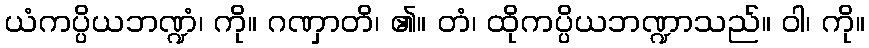
ယံကပ္ပိယဘဏ္ဍံ၊ ကို။ ဂဏှာတိ၊ ၏။ တံ၊ ထိုကပ္ပိယဘဏ္ဍာသည်။ ဝါ၊ ကို။